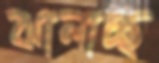
ঝালাচ্ছ